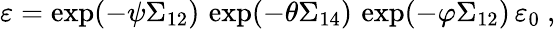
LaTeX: \varepsilon=\exp(-\psi\Sigma_{12})\, \exp(-\theta\Sigma_{14})\, \exp(-\varphi\Sigma_{12})\, \varepsilon_{0}~,